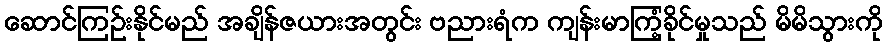
ဆောင်ကြဉ်းနိုင်မည် အချိန်ဇယားအတွင်း ဗညားရံက ကျန်းမာကြံ့ခိုင်မှုသည် မိမိသွားကို